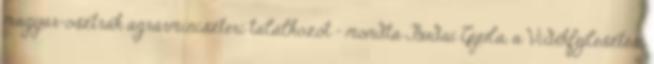
magyar-osztrák agrárminiszteri találkozót - mondta Budai Gyula, a Vidékfejlesztési